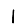
Digit: 1